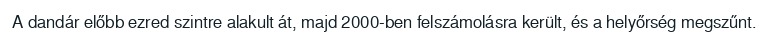
A dandár előbb ezred szintre alakult át, majd 2000-ben felszámolásra került, és a helyőrség megszűnt.